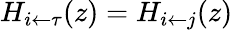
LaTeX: H_{i\leftarrow\tau}(z)=H_{i\leftarrow j}(z)